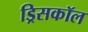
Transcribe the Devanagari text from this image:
ड्रिसकॉल